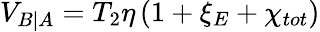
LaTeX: {{V}_{\left.B\right|A}}={{T}_{2}}\eta\left(1+{{\xi}_{E}}+{{\chi}_{tot}}\right)